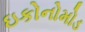
ઇકોનોમોડ